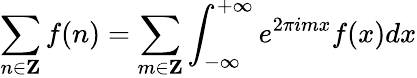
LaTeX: \sum_{n\in{\mathbf Z}}f(n)=\sum_{m\in{\mathbf Z}}\int_{-\infty}^{+\infty}e^{2\pi imx}f(x)dx